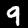
Digit: 9